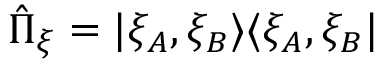
\hat { \Pi } _ { \boldsymbol { \xi } } = | \xi _ { A } , \xi _ { B } \rangle \langle \xi _ { A } , \xi _ { B } |